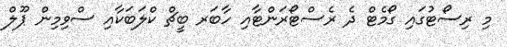
މި ރިސޯޓުގައި ގޯމެޓް ދެ ރެސްޓޯރަންޓާއި ހާބަރ ބީޗް ކްލަބަކާއި ސްވިމިން ޕޫލް